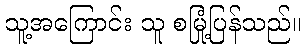
သူ့အကြောင်း သူ စမြုံ့ပြန်သည်။